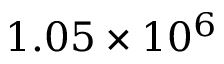
1 . 0 5 \times 1 0 ^ { 6 }